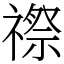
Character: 䄞